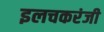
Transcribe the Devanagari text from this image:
इलचकरंजी